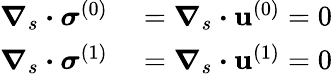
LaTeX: \begin{array}{rl}{\boldsymbol{\nabla}_{s}\boldsymbol{\cdot}{\boldsymbol{\sigma}^{(0)}}}&{{}=\boldsymbol{\nabla}_{s}\boldsymbol{\cdot}\mathbf{u}^{(0)}=0}\\ {\boldsymbol{\nabla}_{s}\boldsymbol{\cdot}{\boldsymbol{\sigma}^{(1)}}}&{{}=\boldsymbol{\nabla}_{s}\boldsymbol{\cdot}\mathbf{u}^{(1)}=0}\end{array}